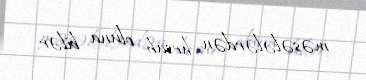
məsələlərdən hesab oluna bilər.